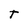
Character: T